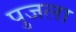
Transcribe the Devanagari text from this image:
पुजला